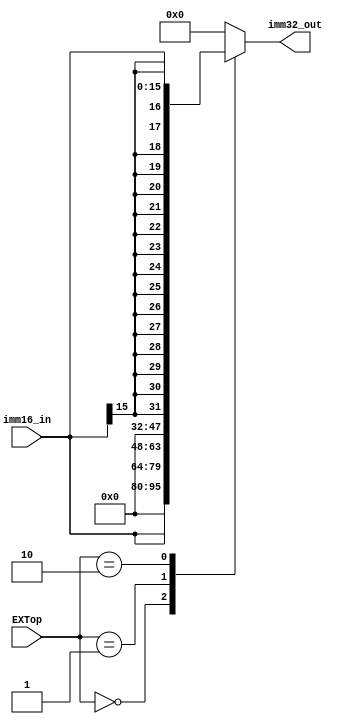
module EXT_module(imm16_in, imm32_out, EXTop);
    input [15:0]imm16_in;
    input [1:0]EXTop;
    output [31:0]imm32_out;
    reg [31:0]imm32_out;
    always @ (*)
        case(EXTop)
        2'b00: imm32_out = {{16'h0000}, imm16_in};
	      2'b01: imm32_out = {imm16_in, {16'h0000}};
	      2'b10: imm32_out = {{16{imm16_in[15]}}, imm16_in};
	default: imm32_out = 0;
	endcase
endmodule